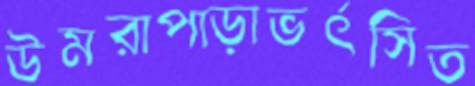
উমরাপাড়াভর্ৎসিত